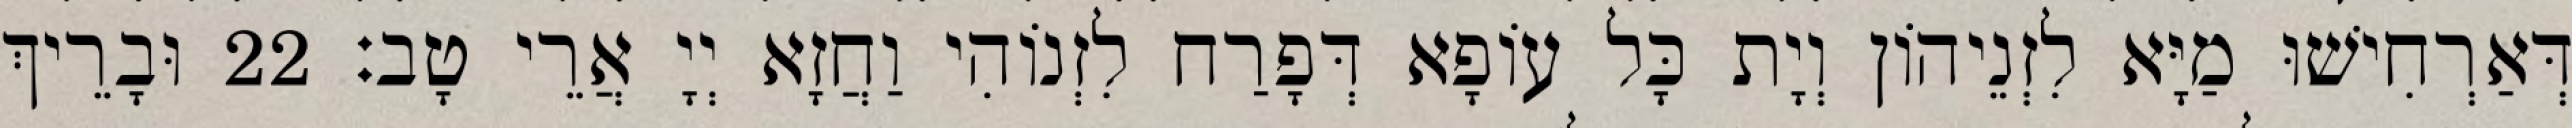
דְּאַרְחִישׁוּ מַיָּא לִזְנֵיהוֹן וְיָת כָּל עוֹפָא דְּפָרַח לִזְנוֹהִי וַחֲזָא יְיָ אֲרֵי טָב׃ 22 וּבָרֵיךְ